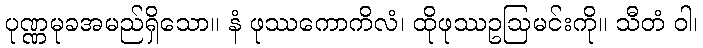
ပုဏ္ဏမုခအမည်ရှိသော။ နံ ဖုဿကောကိလံ၊ ထိုဖုဿဥဩမင်းကို။ သီတံ ဝါ၊